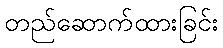
တည်ဆောက်ထားခြင်း